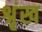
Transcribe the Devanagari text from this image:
श्रृंख